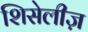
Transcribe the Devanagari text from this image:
शिसेलीज़